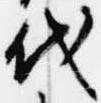
代